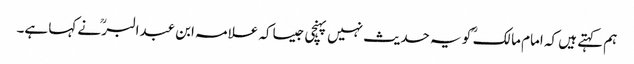
ہم کہتے ہیں کہ امام مالک ؒ کو یہ حدیث نہیں پہنچی جیساکہ علامہ ابن عبدالبرؒ نے کہا ہے۔